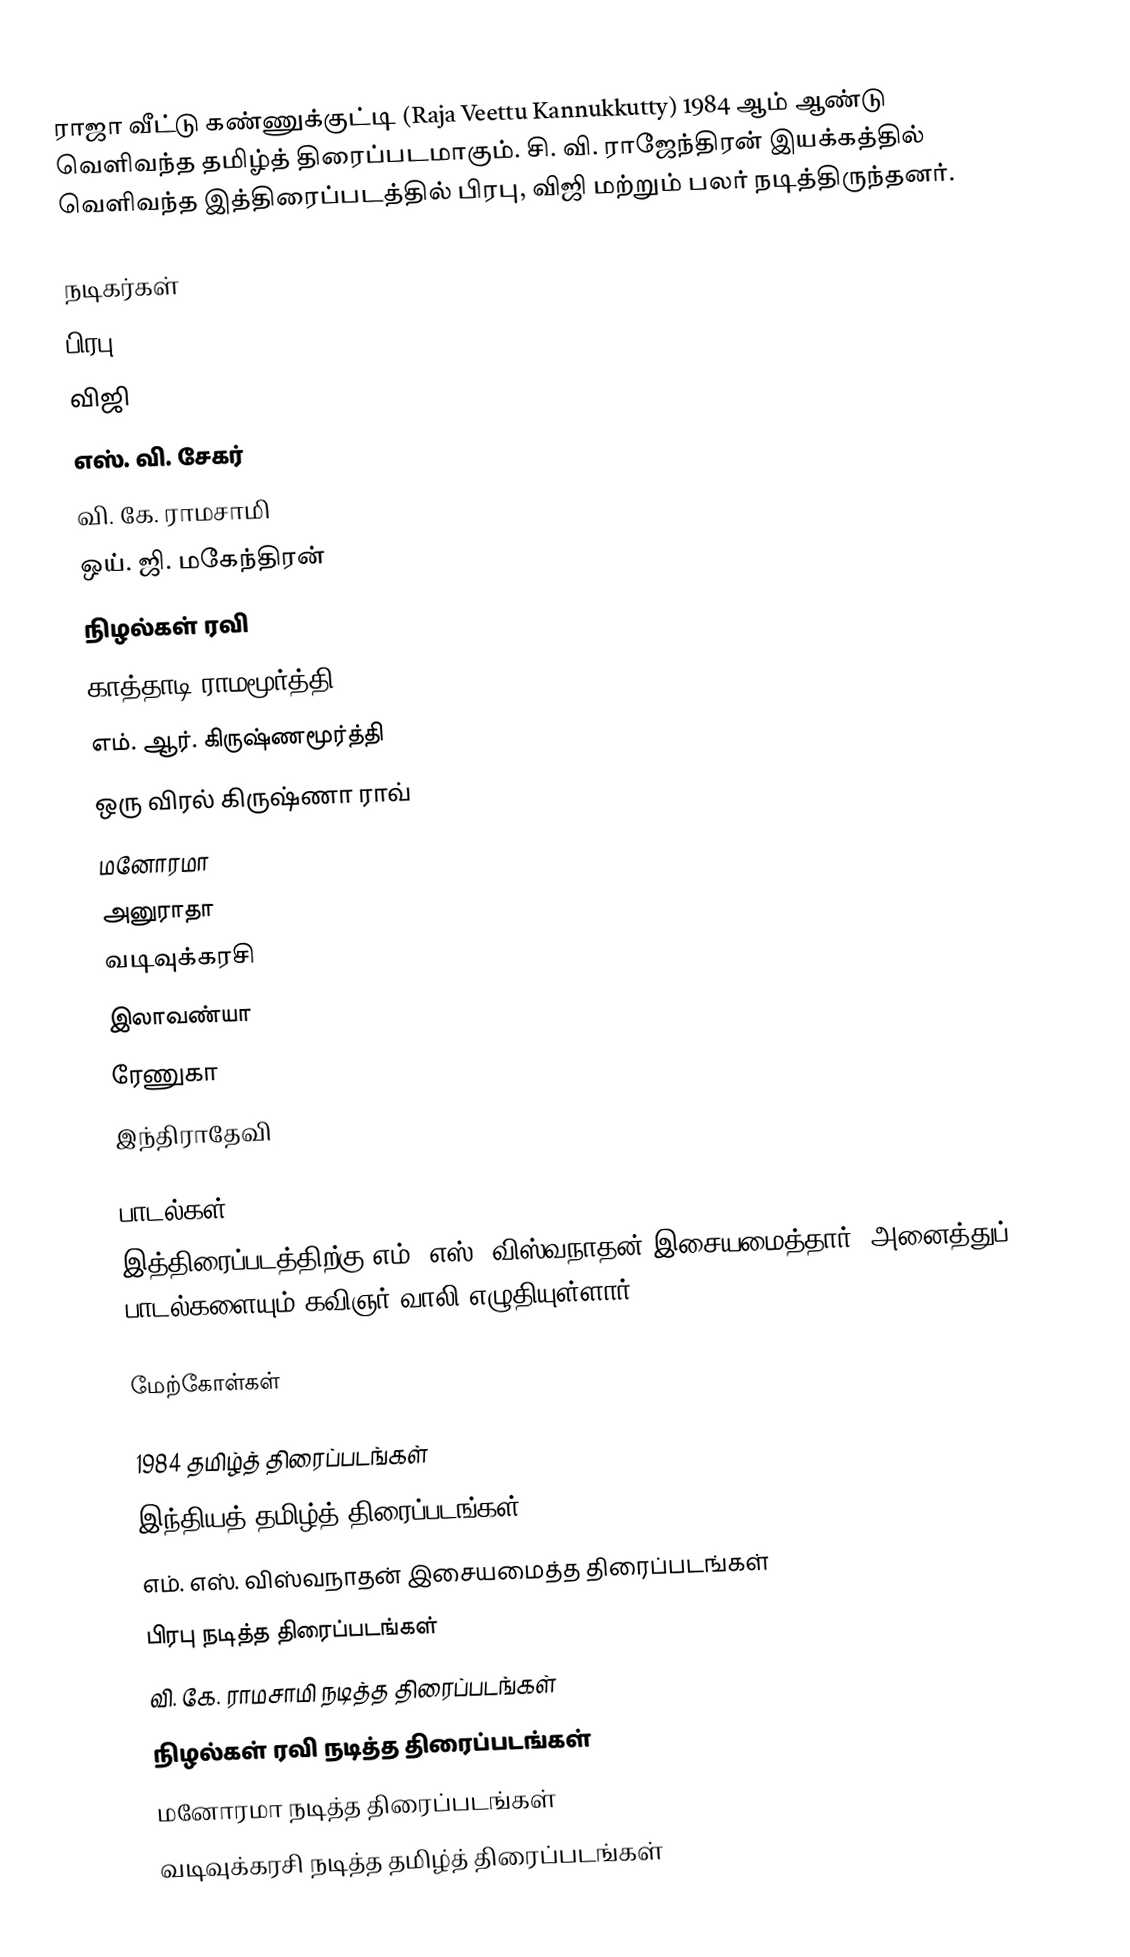
ராஜா வீட்டு கண்ணுக்குட்டி (Raja Veettu Kannukkutty) 1984 ஆம் ஆண்டு வெளிவந்த தமிழ்த் திரைப்படமாகும். சி. வி. ராஜேந்திரன் இயக்கத்தில் வெளிவந்த இத்திரைப்படத்தில் பிரபு, விஜி மற்றும் பலர் நடித்திருந்தனர்.

நடிகர்கள்
 பிரபு
 விஜி
 எஸ். வி. சேகர்
 வி. கே. ராமசாமி
 ஒய். ஜி. மகேந்திரன்
 நிழல்கள் ரவி
 காத்தாடி ராமமூர்த்தி
 எம். ஆர். கிருஷ்ணமூர்த்தி
 ஒரு விரல் கிருஷ்ணா ராவ்
 மனோரமா
 அனுராதா
 வடிவுக்கரசி
 இலாவண்யா
 ரேணுகா
 இந்திராதேவி

பாடல்கள்
இத்திரைப்படத்திற்கு எம். எஸ். விஸ்வநாதன் இசையமைத்தார். அனைத்துப் பாடல்களையும் கவிஞர் வாலி எழுதியுள்ளார்.

மேற்கோள்கள்

1984 தமிழ்த் திரைப்படங்கள்
இந்தியத் தமிழ்த் திரைப்படங்கள்
எம். எஸ். விஸ்வநாதன் இசையமைத்த திரைப்படங்கள்
பிரபு நடித்த திரைப்படங்கள்
வி. கே. ராமசாமி நடித்த திரைப்படங்கள்
நிழல்கள் ரவி நடித்த திரைப்படங்கள்
மனோரமா நடித்த திரைப்படங்கள்
வடிவுக்கரசி நடித்த தமிழ்த் திரைப்படங்கள்